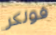
فولكر